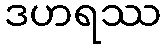
ဒဟရဿ